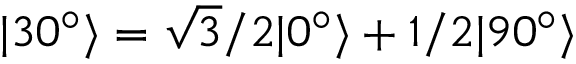
| 3 0 ^ { \circ } \rangle = \sqrt { 3 } / 2 | 0 ^ { \circ } \rangle + 1 / 2 | 9 0 ^ { \circ } \rangle